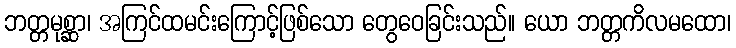
ဘတ္တမုစ္ဆာ၊ အကြင်ထမင်းကြောင့်ဖြစ်သော တွေဝေခြင်းသည်။ ယော ဘတ္တကိလမထော၊